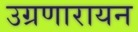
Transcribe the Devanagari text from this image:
उग्रणारायन